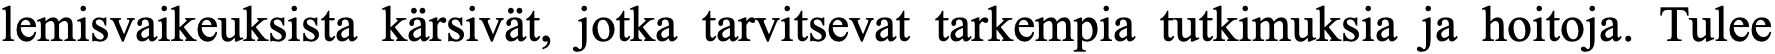
lemisvaikeuksista kärsivät, jotka tarvitsevat tarkempia tutkimuksia ja hoitoja. Tulee